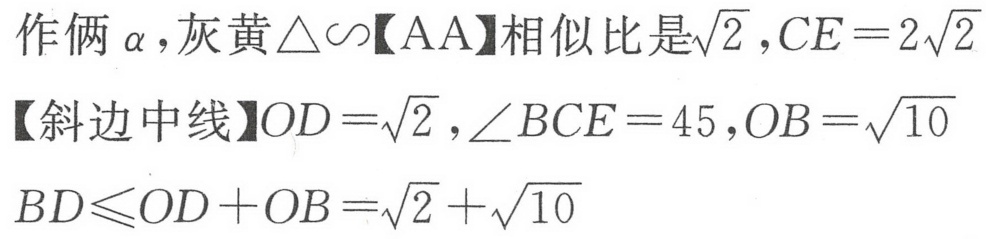
作俩\(\alpha\)，灰黄\(\triangle\sim\)【AA】相似比是\(\sqrt{2}\)，\(CE = 2\sqrt{2}\)
【斜边中线】\(OD=\sqrt{2}\)，\(\angle BCE = 45\)，\(OB=\sqrt{10}\)
\(BD\leqslant OD + OB=\sqrt{2}+\sqrt{10}\)